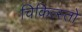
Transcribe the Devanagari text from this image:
चिकित्स्तो